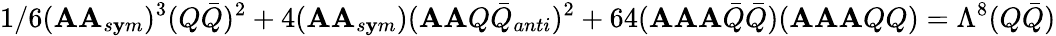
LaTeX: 1/6(\mathbf{A}\mathbf{A}_{s\mathbf{y}m})^{3}(Q{\bar{{Q}}})^{2}+4(\mathbf{A}\mathbf{A}_{s\mathbf{y}m})(\mathbf{A}\mathbf{A}Q{\bar{{Q}}}_{anti})^{2}+64(\mathbf{A}\mathbf{A}\mathbf{A}{\bar{{Q}}}{\bar{{Q}}})(\mathbf{A}\mathbf{A}\mathbf{A}QQ)=\Lambda^{8}(Q{\bar{{Q}}})